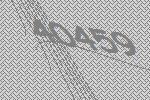
40459